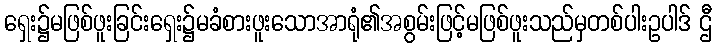
ရှေး၌မဖြစ်ဖူးခြင်းရှေး၌မခံစားဖူးသောအာရုံ၏အစွမ်းဖြင့်မဖြစ်ဖူးသည်မှတစ်ပါးဥပါဒ် ဌီ